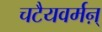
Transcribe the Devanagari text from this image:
चटैयवर्मऩ्